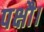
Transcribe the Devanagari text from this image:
पक्षौ।